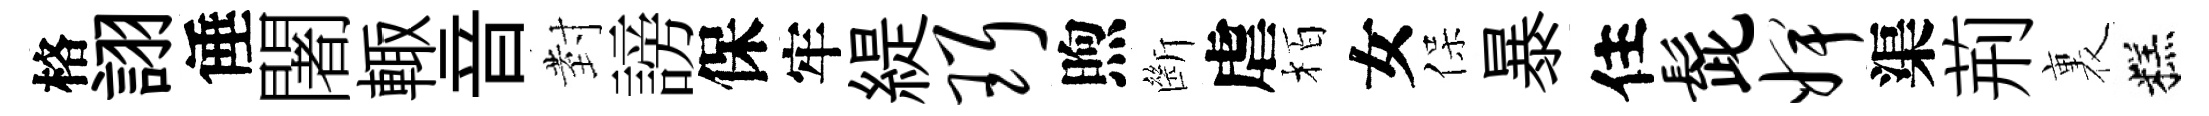
格詡倕闍輙音𭔹謗保牢緹珥煦㫁虐栢女保暴住髭婢渠荊裏糕